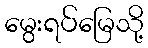
မွေးရပ်မြေသို့